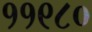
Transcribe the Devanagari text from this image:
११९८०